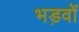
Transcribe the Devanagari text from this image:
भड़वों